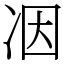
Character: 𠗃